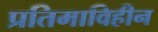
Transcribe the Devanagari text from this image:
प्रतिमाविहीन